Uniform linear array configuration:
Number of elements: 4
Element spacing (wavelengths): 0.75
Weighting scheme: blackman
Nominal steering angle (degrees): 30
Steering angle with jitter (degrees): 29.98
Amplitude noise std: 0.05
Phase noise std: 0.05

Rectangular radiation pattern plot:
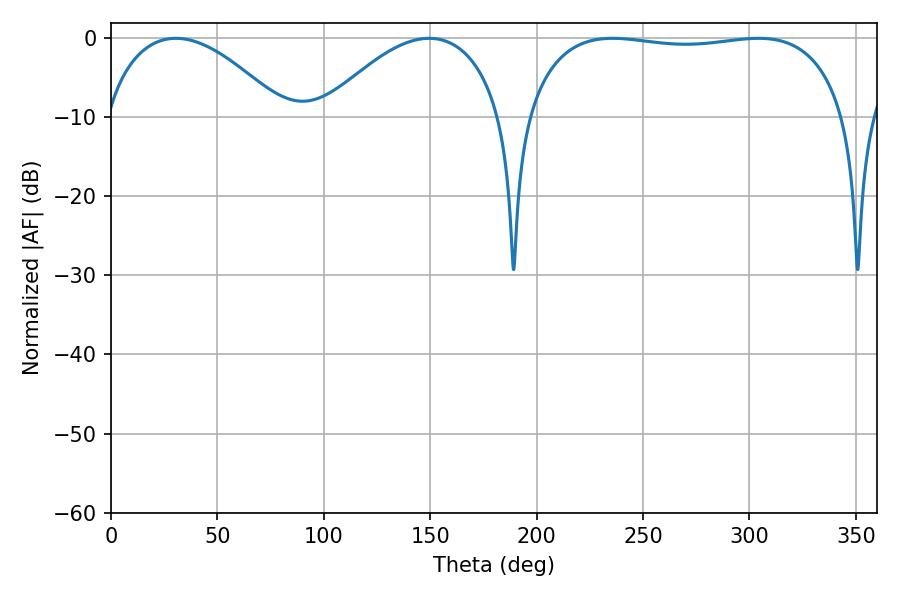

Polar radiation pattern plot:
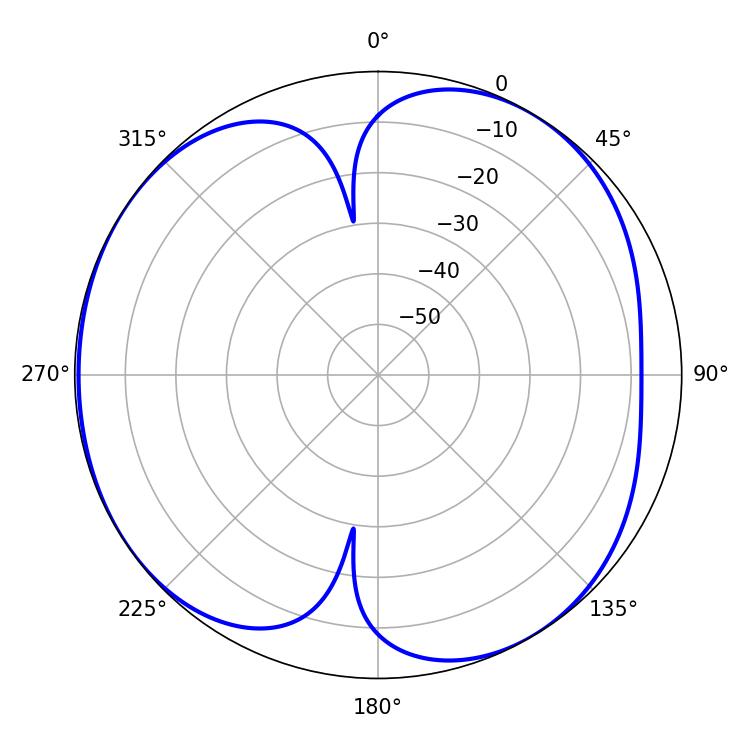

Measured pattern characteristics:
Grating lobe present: TRUE
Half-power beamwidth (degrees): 120.96
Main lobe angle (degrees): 235.62